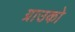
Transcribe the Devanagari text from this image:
ग्राउको